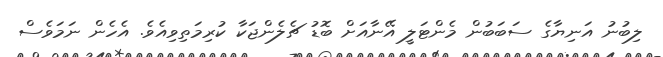
ލިބުނު އަނިޔާގެ ސަބަބުން މެންޓަލީ އޭނާއަށް ބޮޑު ޗެލެންޖަކާ ކުރިމަތިވިއެވެ. އެހެން ނަމަވެސް